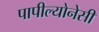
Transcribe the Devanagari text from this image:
पापील्योनेसी